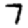
Digit: 7